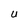
Character: U